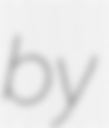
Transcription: by